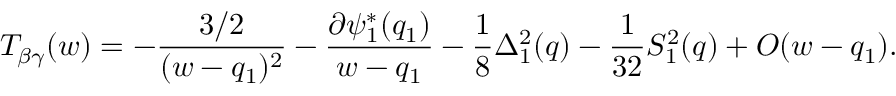
T _ { \beta \gamma } ( w ) = - { \frac { 3 / 2 } { ( w - q _ { 1 } ) ^ { 2 } } } - { \frac { \partial \psi _ { 1 } ^ { * } ( q _ { 1 } ) } { w - q _ { 1 } } } - { \frac { 1 } { 8 } } \Delta _ { 1 } ^ { 2 } ( q ) - { \frac { 1 } { 3 2 } } S _ { 1 } ^ { 2 } ( q ) + O ( w - q _ { 1 } ) .